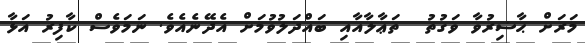
މަރަށް ޙާޟިރުވާ ވަގުތު  ތަޢާލާއާއި ބައްދަލުވުމަށް އެދޭނެއެވެ. ނަމަވެސް ކާފިރު އަޅާ